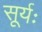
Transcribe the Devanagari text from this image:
सूर्यः